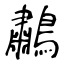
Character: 鷫